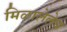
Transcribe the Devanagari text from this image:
मिळालेलेच